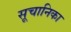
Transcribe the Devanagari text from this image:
सूचानिका